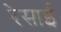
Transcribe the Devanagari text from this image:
रेसाई